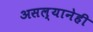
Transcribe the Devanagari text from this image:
असल्यानेही